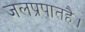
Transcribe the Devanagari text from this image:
जलप्रपातहै।